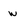
Character: w